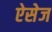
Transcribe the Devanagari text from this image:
ऐसेज